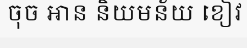
ចុច អាន និយមន័យ ខៀវ